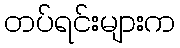
တပ်ရင်းများက